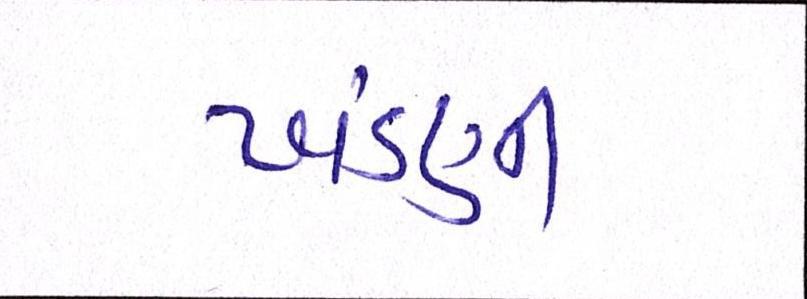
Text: ખંડણી